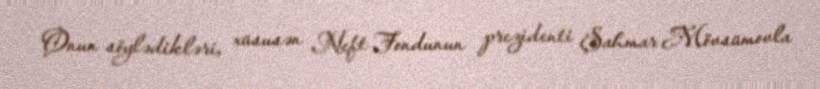
Onun söylədikləri, xüsusən Neft Fondunun prezidenti Şahmar Mövsümovla